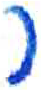
אות: ר